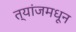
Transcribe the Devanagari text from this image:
त्यांजमधून